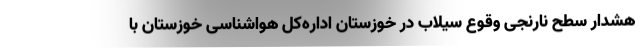
هشدار سطح نارنجی وقوع سیلاب در خوزستان اداره‌کل هواشناسی خوزستان با